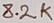
Text: 8.2K